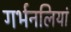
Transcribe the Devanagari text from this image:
गर्भनलियां